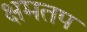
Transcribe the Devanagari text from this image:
क्षमतप